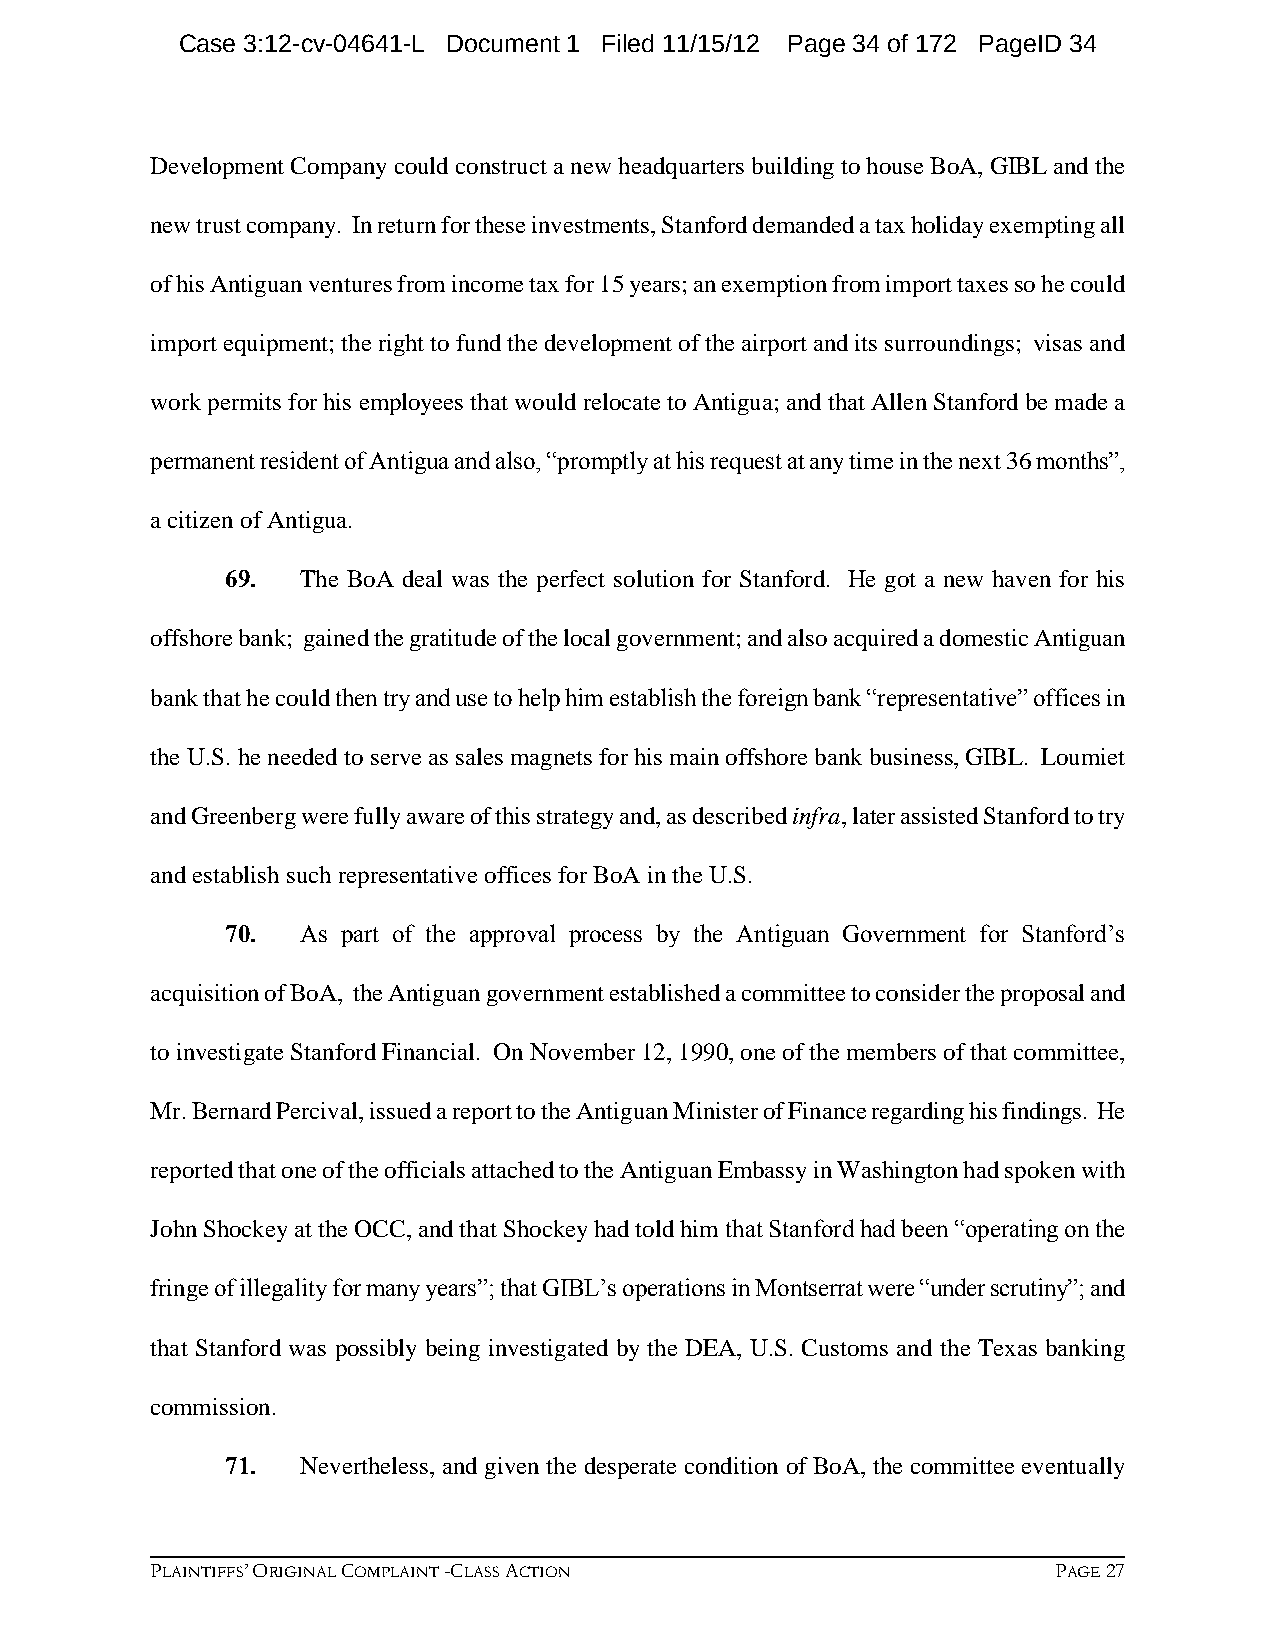
Case 3:12-cv-04641-L Document 1 Filed 11/15/12 Page 34 of 172 PageID 34
 Development Company could construct a new headquarters building to house BoA, GIBL and the
 new trust company. In return for these investments, Stanford demanded a tax holiday exempting all
 of his Antiguan ventures from income tax for 15 years; an exemption from import taxes so he could
 import equipment; the right to fund the development of the airport and its surroundings; visas and
 work permits for his employees that would relocate to Antigua; and that Allen Stanford be made a
 permanent resident of Antigua and also, “promptly at his request at any time in the next 36 months”,
 a citizen of Antigua.
 69.  The BoA deal was the perfect solution for Stanford. He got a new haven for his
 offshore bank; gained the gratitude of the local government; and also acquired a domestic Antiguan
 bank that he could then try and use to help him establish the foreign bank “representative” offices in
 the U.S. he needed to serve as sales magnets for his main offshore bank business, GIBL. Loumiet
 and Greenberg were fully aware of this strategy and, as described infra, later assisted Stanford to try
 and establish such representative offices for BoA in the U.S.
 70.  As part of the approval process by the Antiguan Government for Stanford’s
 acquisition of BoA, the Antiguan government established a committee to consider the proposal and
 to investigate Stanford Financial. On November 12, 1990, one of the members of that committee,
 Mr. Bernard Percival, issued a report to the Antiguan Minister of Finance regarding his findings. He
 reported that one of the officials attached to the Antiguan Embassy in Washington had spoken with
 John Shockey at the OCC, and that Shockey had told him that Stanford had been “operating on the
 fringe of illegality for many years”; that GIBL’s operations in Montserrat were “under scrutiny”; and
 that Stanford was possibly being investigated by the DEA, U.S. Customs and the Texas banking
 commission.
 71.  Nevertheless, and given the desperate condition of BoA, the committee eventually
 PLAINTIFFS’ ORIGINAL COMPLAINT -CLASS ACTION                PAGE 27